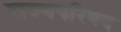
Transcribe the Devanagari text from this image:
राज्यपरिषद